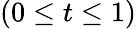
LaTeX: (0\leq t\leq 1)